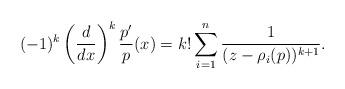
LaTeX: \begin{align*}(-1)^k \left(\frac{d}{dx}\right)^k \frac{p'}{p}(x)= k! \sum_{i=1}^{n} \frac{1}{(z-\rho_i(p))^{k+1}}.\end{align*}